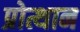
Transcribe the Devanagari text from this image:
प्रोत्थान